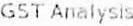
GST ANALYSIS